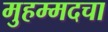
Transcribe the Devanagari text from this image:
मुहम्मदचा